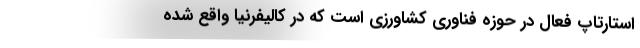
استارتاپ فعال در حوزه فناوری کشاورزی است که در کالیفرنیا واقع شده